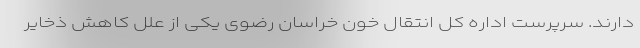
دارند. سرپرست اداره کل انتقال خون خراسان رضوی یکی از علل کاهش ذخایر